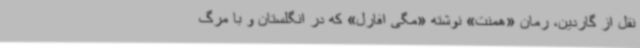
نقل از گاردین، رمان «همنت» نوشته «مگی افارل» که در انگلستان و با مرگ